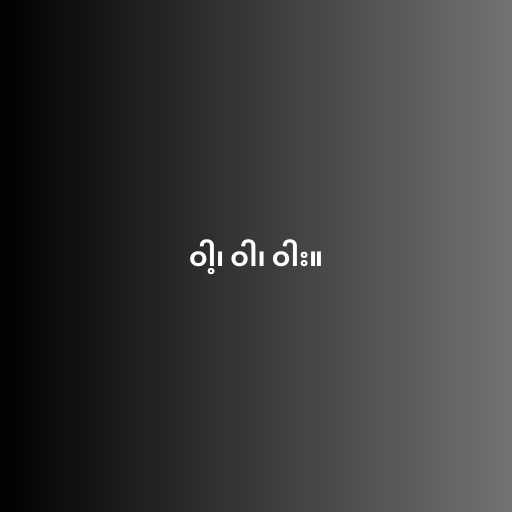
ဝါ့၊ ဝါ၊ ဝါး။